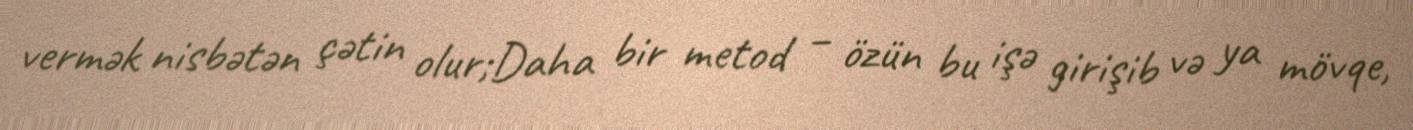
vermək nisbətən çətin olur;Daha bir metod – özün bu işə girişib və ya mövqe,